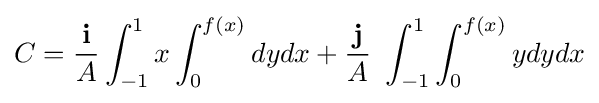
C={\frac {\mathbf {i} }{A}}\int _{-1}^{1}x\int _{0}^{f(x)}dydx+{\frac {\mathbf {j} }{A}}\ \int _{-1}^{1}\int _{0}^{f(x)}ydydx